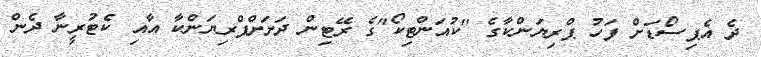
ދެ އެޕިސޯޑަށް ފަހު ޕްރިޔަންކާގެ "ކުއަންޓިކޯ"ގެ ރޭޓިން ދަށަށްޕްރިޔަންކާ އާއި ކެޓުރީނާ ދެން